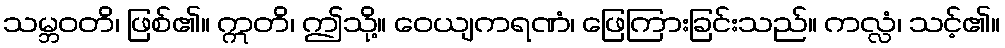
သမ္ဘဝတိ၊ ဖြစ်၏။ ဣတိ၊ ဤသို့။ ဝေယျကရဏံ၊ ဖြေကြားခြင်းသည်။ ကလ္လံ၊ သင့်၏။